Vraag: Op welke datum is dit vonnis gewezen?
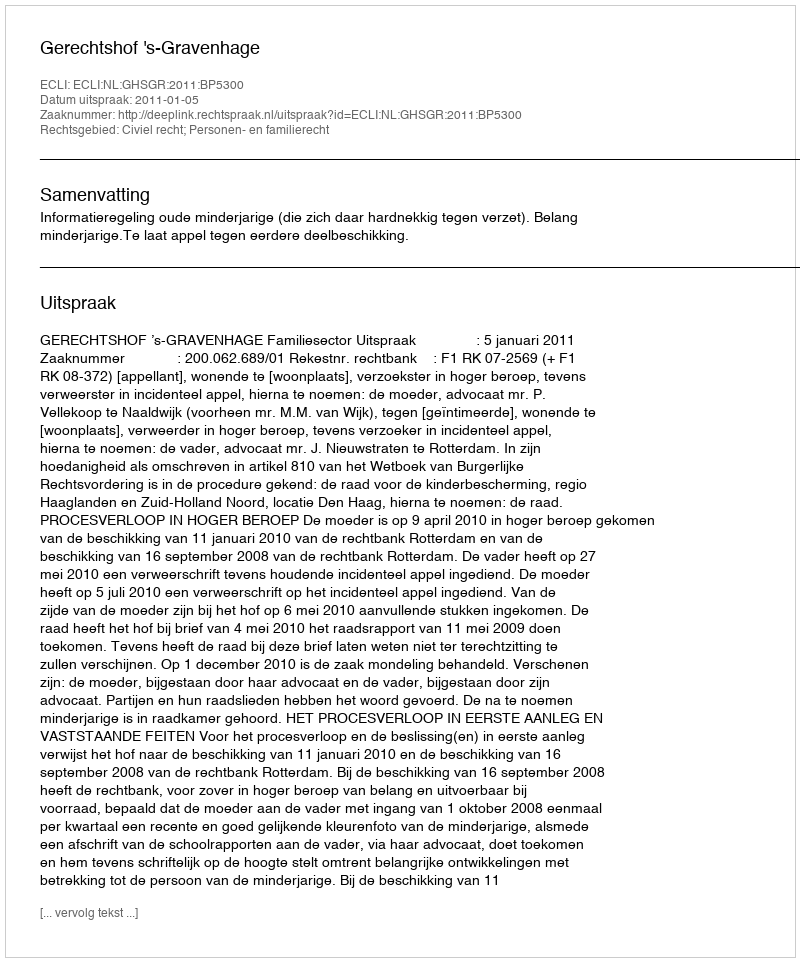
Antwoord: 2011-01-05